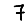
Digit: 7